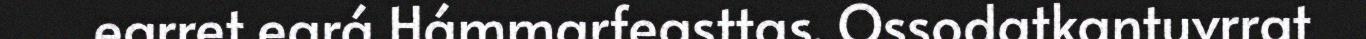
earret eará Hámmarfeasttas. Ossodatkantuvrrat